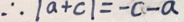
\therefore \vert a + c \vert = - c - a